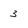
Character: 3